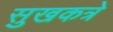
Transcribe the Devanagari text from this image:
सुखकत्रे